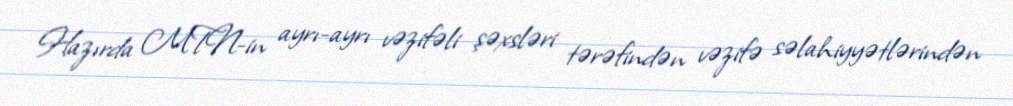
Hazırda MTN-in ayrı-ayrı vəzifəli şəxsləri tərəfindən vəzifə səlahiyyətlərindən